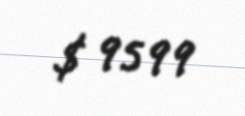
$ 9599